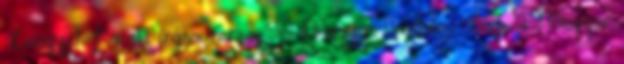
Lengyel Károly írásai,versei 90 Magyar Irodalmi Lap 2 Magyar